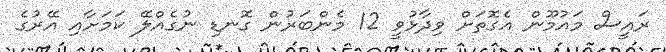
ރައީސް މައުމޫން އެގޮތަށް ވިދާޅުވީ 12 މެންބަރުން ގޮނޑި ނުގެއްލޭ ކަމަށާއި އޭރުގެ